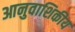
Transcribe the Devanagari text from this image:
आनुवाशिकीय